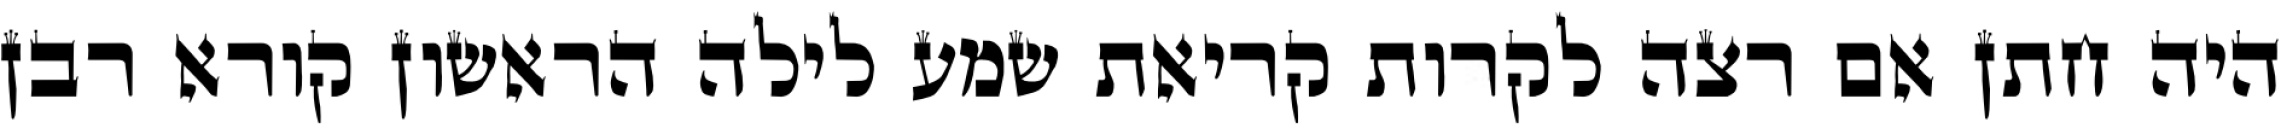
היה חתן אם רצה לקרות קריאת שמע לילה הראשון קורא רבן